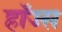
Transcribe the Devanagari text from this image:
हाॅज्स